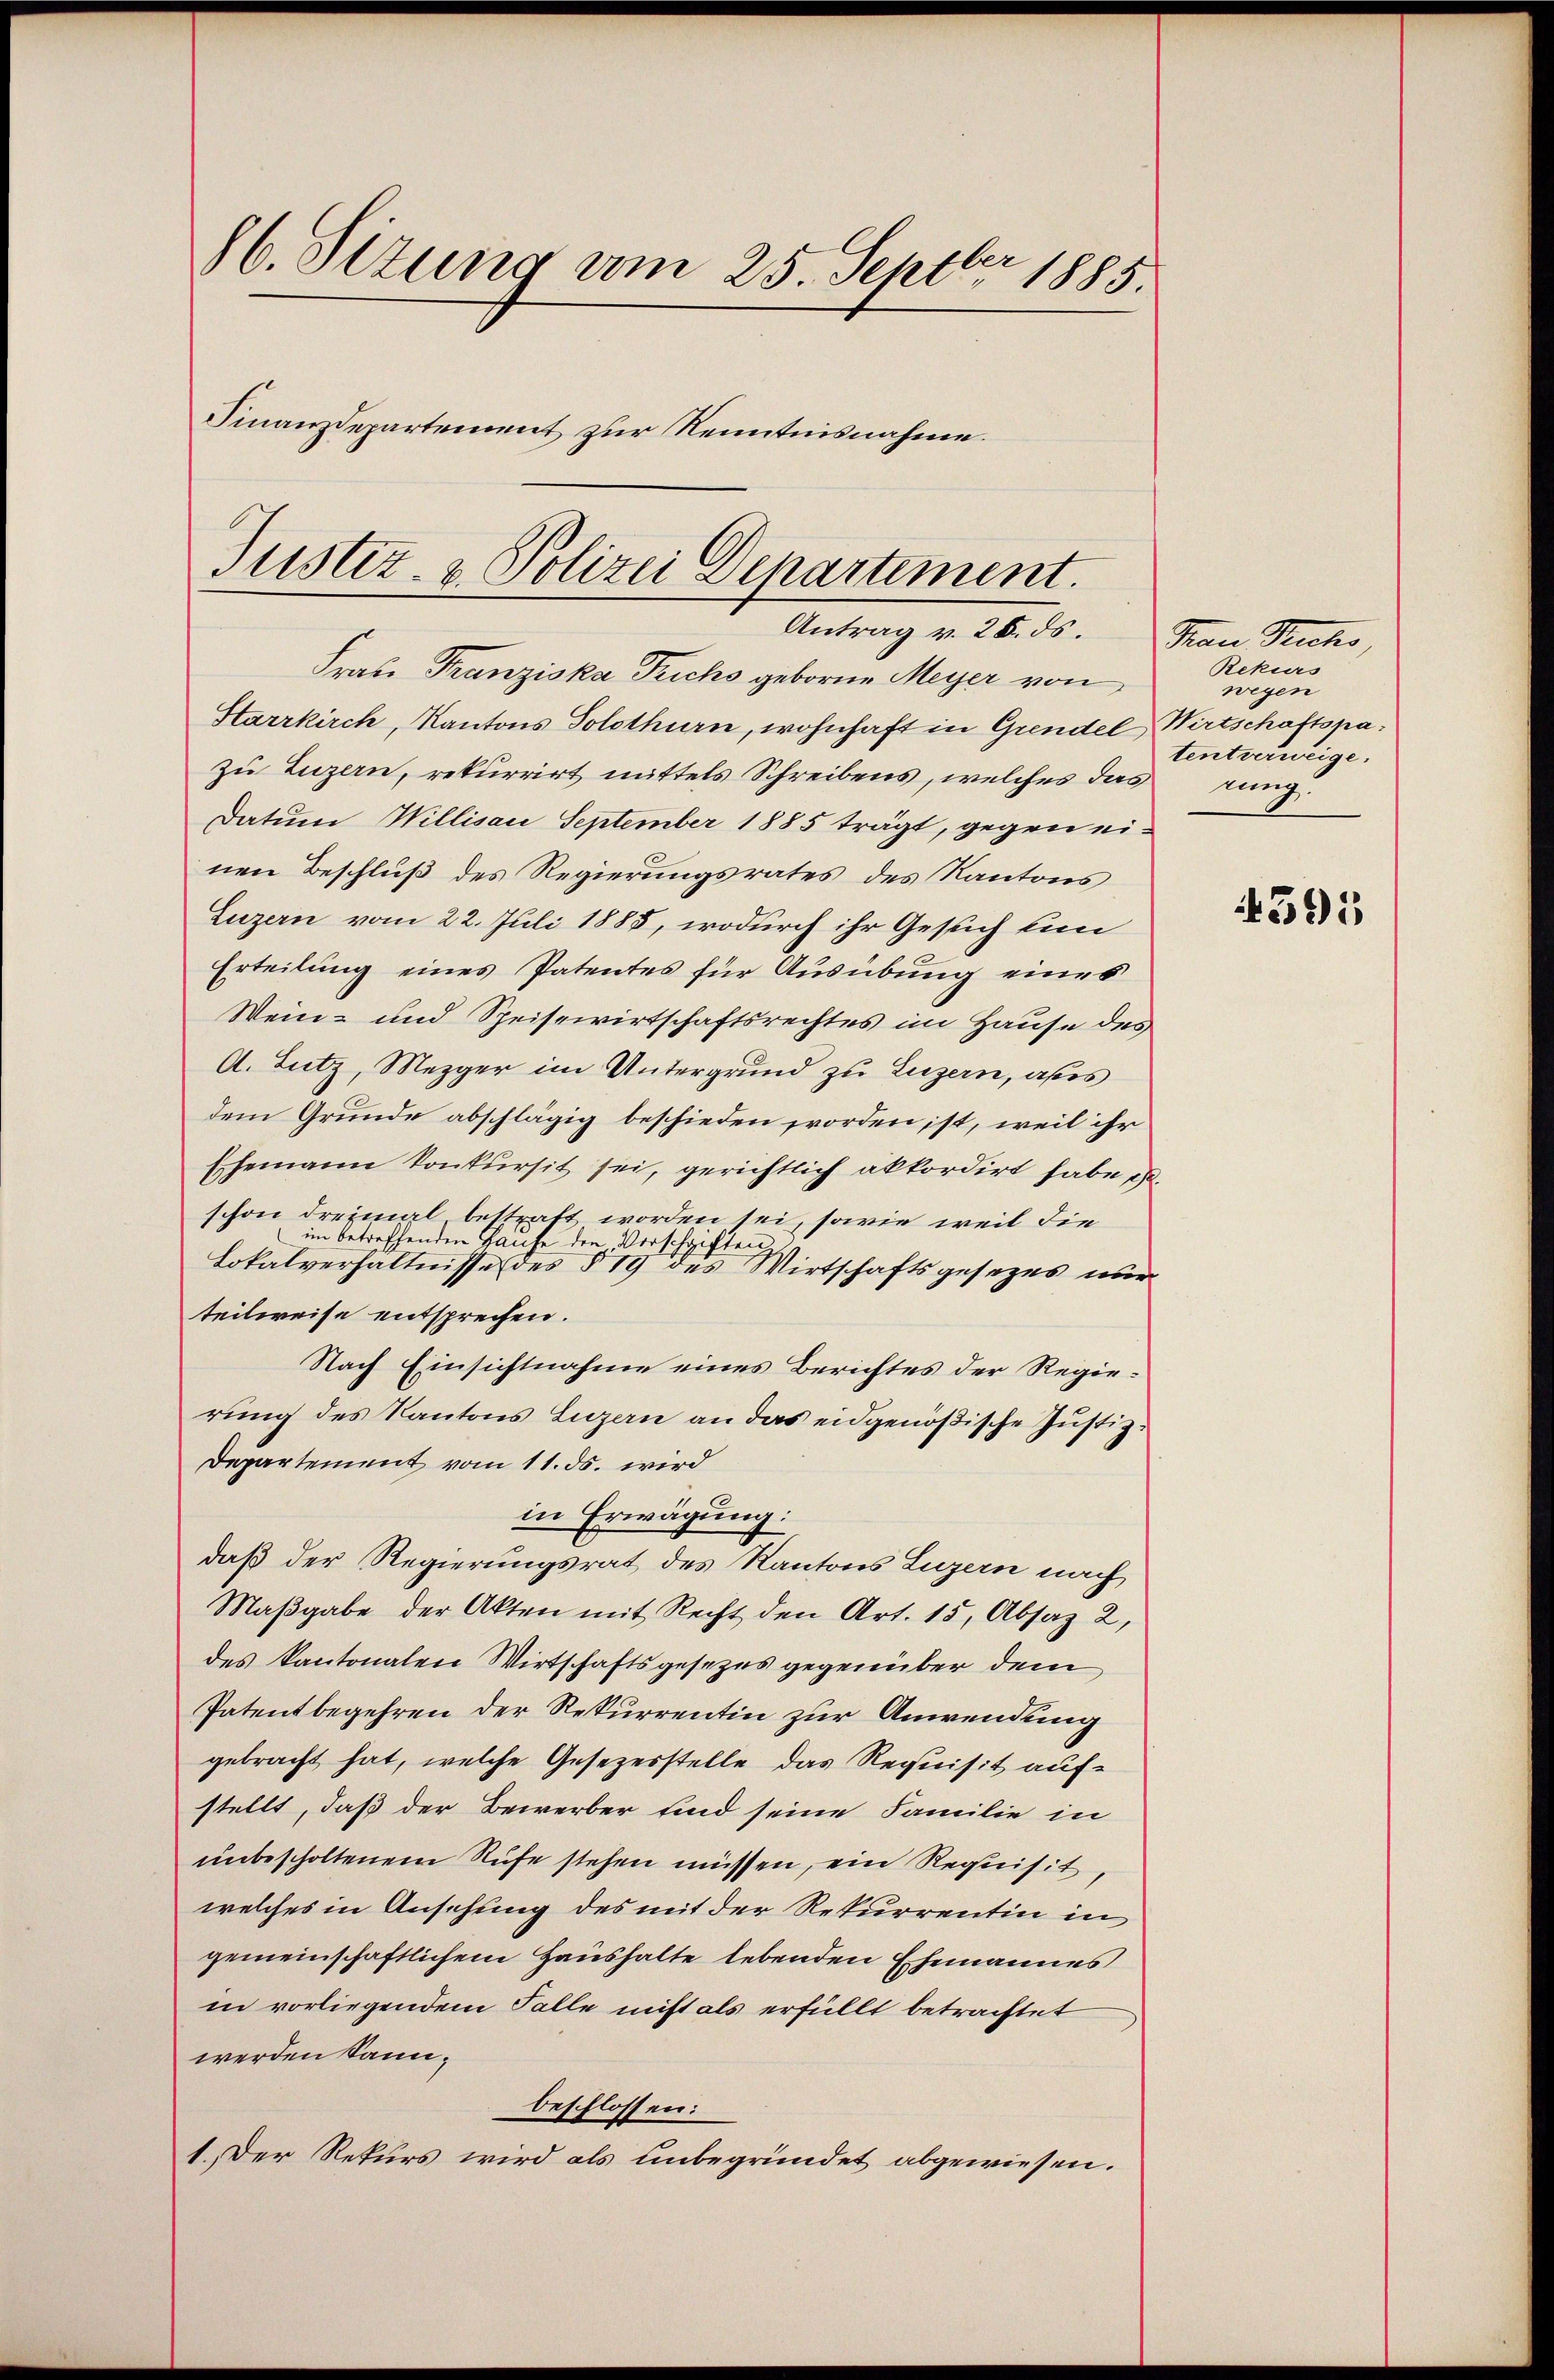
86. Situng am 25. Septbr 1885.
Finanzdepartement zur Kenntnisnahme.

Justiz- & Polizei Departement.
Antrag v. 26. ds. Frau Teichs,

Frate Franziska Trichs geborne Meyer von
Starrkirch, Kantons Solothurn, wohnhaft in Grendel, Wirtschaftspazu Luzern, rekurrirt mittels Schreibens, welches das tung
Datum Willisau September 1885 trägt, gegen einen Beschluß des Regierungsrates des Kantons
Luzern vom 22. Juli 1885, wodurch ihr Gesuch un
Erteilung eines Patentes für Ausübung eines
Wein- und Speisewirtschaftsrechtes im Hause des
A. Lutz, Mezger im Untergrund zu Luzern, als
dem Grunde abschlägig beschieden worden ist, weil ihr
Ehemann konkursit sei, gerichtlich akkordirt habe ist.
schon dreimal bestraft worden sei, sowie weil die
im betreffenden Hause den Vorschriften.
Lokalverhältnisse des § 19 des Wirtschaftsgesezes nur
teilweise entsprechen.
Nach Einsichtnahme eines Berichtes der Regierung des Kantons Luzern an das eidgenößische Justiz-
Departement vom 11. ds. wird
in Erwägung:
daß der Regierungsrat des Kantons Luzern nach
Maβgabe der Akten mit Recht den Art. 15, Absaz 2,
des kantonalen Wirtschaftsgesezes gegenüber dem
Patent begehren der Rekurrentin zur Anwendung
gebracht hat, welche Gesezesstelle das Requisit aufstellt, daß der Bewerber sind seine Familie in
unbescholtenem Rufe stehen müssen, ein Requisit,
welches in Ansehung des mit der Rekurrentin in
gemeinschaftlichem Haushalte lebenden Ehemannes
in vorliegendem Falle nicht als erfüllt betrachtet
werden kann.
beschlossen:
1. Der Rekurs wird als unbegründet abgewiesen.

Rekurs
wegen
tentverweige.

4591